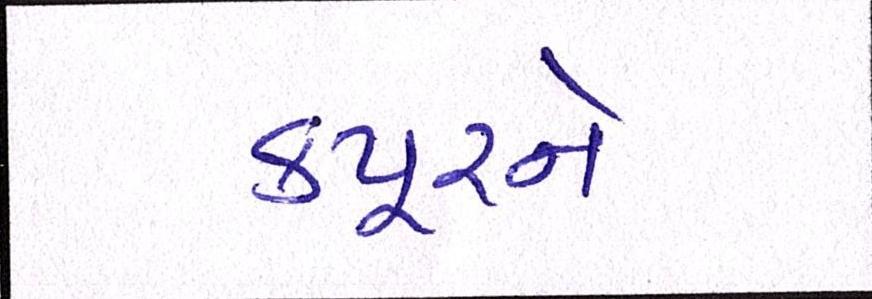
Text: કપૂરને